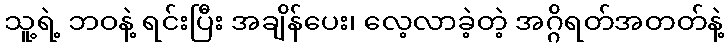
သူ့ရဲ့ ဘဝနဲ့ ရင်းပြီး အချိန်ပေး၊ လေ့လာခဲ့တဲ့ အဂ္ဂိရတ်အတတ်နဲ့